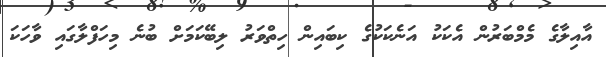
އާއިލާގެ މެމްބަރުން އެކަކު އަނެކަކުގެ ކިބައިން ހިތްވަރު ލިބޭކަމަށް ބުނެ މިހަފްލާގައި ވާހަކަ